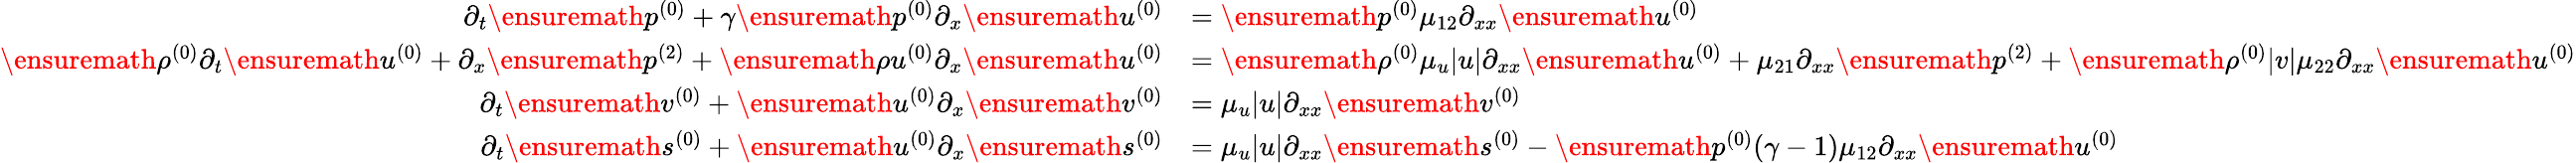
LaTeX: \begin{array}{rl}{\partial_{t}\ensuremath{p^{(0)}}+\gamma\ensuremath{p^{(0)}}\partial_{x}\ensuremath{u^{(0)}}}&{=\ensuremath{p^{(0)}}\mu_{12}\partial_{xx}\ensuremath{u^{(0)}}}\\ {\ensuremath{\rho^{(0)}}\partial_{t}\ensuremath{u^{(0)}}+\partial_{x}\ensuremath{p^{(2)}}+\ensuremath{\rho u^{(0)}}\partial_{x}\ensuremath{u^{(0)}}}&{=\ensuremath{\rho^{(0)}}\mu_{u}|u|\partial_{xx}\ensuremath{u^{(0)}}+\mu_{21}\partial_{xx}\ensuremath{p^{(2)}}+\ensuremath{\rho^{(0)}}|v|\mu_{22}\partial_{xx}\ensuremath{u^{(0)}}}\\ {\partial_{t}\ensuremath{v^{(0)}}+\ensuremath{u^{(0)}}\partial_{x}\ensuremath{v^{(0)}}}&{=\mu_{u}|u|\partial_{xx}\ensuremath{v^{(0)}}}\\ {\partial_{t}\ensuremath{s^{(0)}}+\ensuremath{u^{(0)}}\partial_{x}\ensuremath{s^{(0)}}}&{=\mu_{u}|u|\partial_{xx}\ensuremath{s^{(0)}}-\ensuremath{p^{(0)}}(\gamma-1)\mu_{12}\partial_{xx}\ensuremath{u^{(0)}}}\end{array}